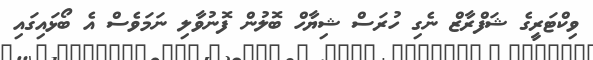
ވިކްޓަރީގެ ޝަފްރާޒް ނެގި ހުރަސް ޝިޔާހް ބޮލުން ފޮނުވާލި ނަމަވެސް އެ ބޯޅައިގައި